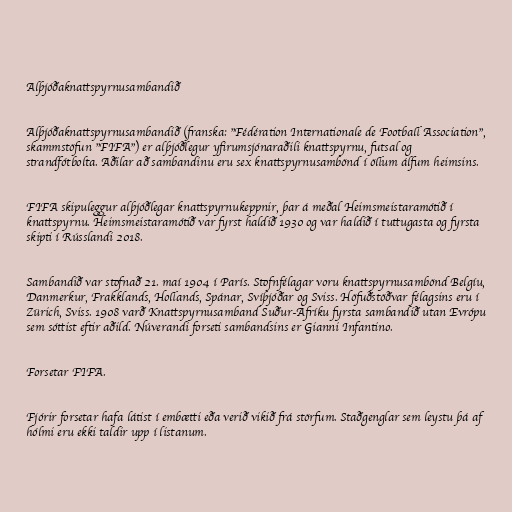
Alþjóðaknattspyrnusambandið

Alþjóðaknattspyrnusambandið (franska: "Fédération Internationale de Football Association",
skammstöfun "FIFA") er alþjóðlegur yfirumsjónaraðili knattspyrnu, futsal og
strandfótbolta. Aðilar að sambandinu eru sex knattspyrnusambönd í öllum álfum heimsins.

FIFA skipuleggur alþjóðlegar knattspyrnukeppnir, þar á meðal Heimsmeistaramótið í
knattspyrnu. Heimsmeistaramótið var fyrst haldið 1930 og var haldið í tuttugasta og fyrsta
skipti í Rússlandi 2018.

Sambandið var stofnað 21. maí 1904 í París. Stofnfélagar voru knattspyrnusambönd Belgíu,
Danmerkur, Frakklands, Hollands, Spánar, Svíþjóðar og Sviss. Höfuðstöðvar félagsins eru í
Zürich, Sviss. 1908 varð Knattspyrnusamband Suður-Afríku fyrsta sambandið utan Evrópu
sem sóttist eftir aðild. Núverandi forseti sambandsins er Gianni Infantino.

Forsetar FIFA.

Fjórir forsetar hafa látist í embætti eða verið vikið frá störfum. Staðgenglar sem leystu þá af
hólmi eru ekki taldir upp í listanum.